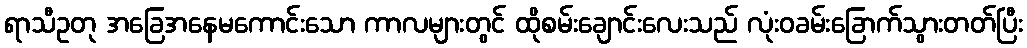
ရာသီဥတု အခြေအနေမကောင်းသော ကာလများတွင် ထိုစမ်းချောင်းလေးသည် လုံးဝခမ်းခြောက်သွားတတ်ပြီး